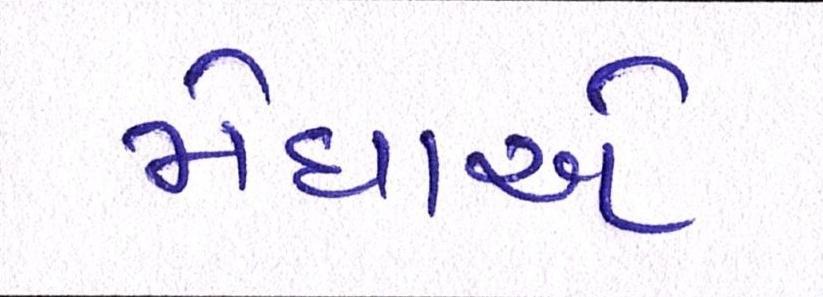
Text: મેઘાએ